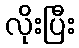
လိုးပြီး